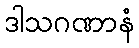
ဒါသဂဏာနံ